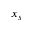
x _ { s }